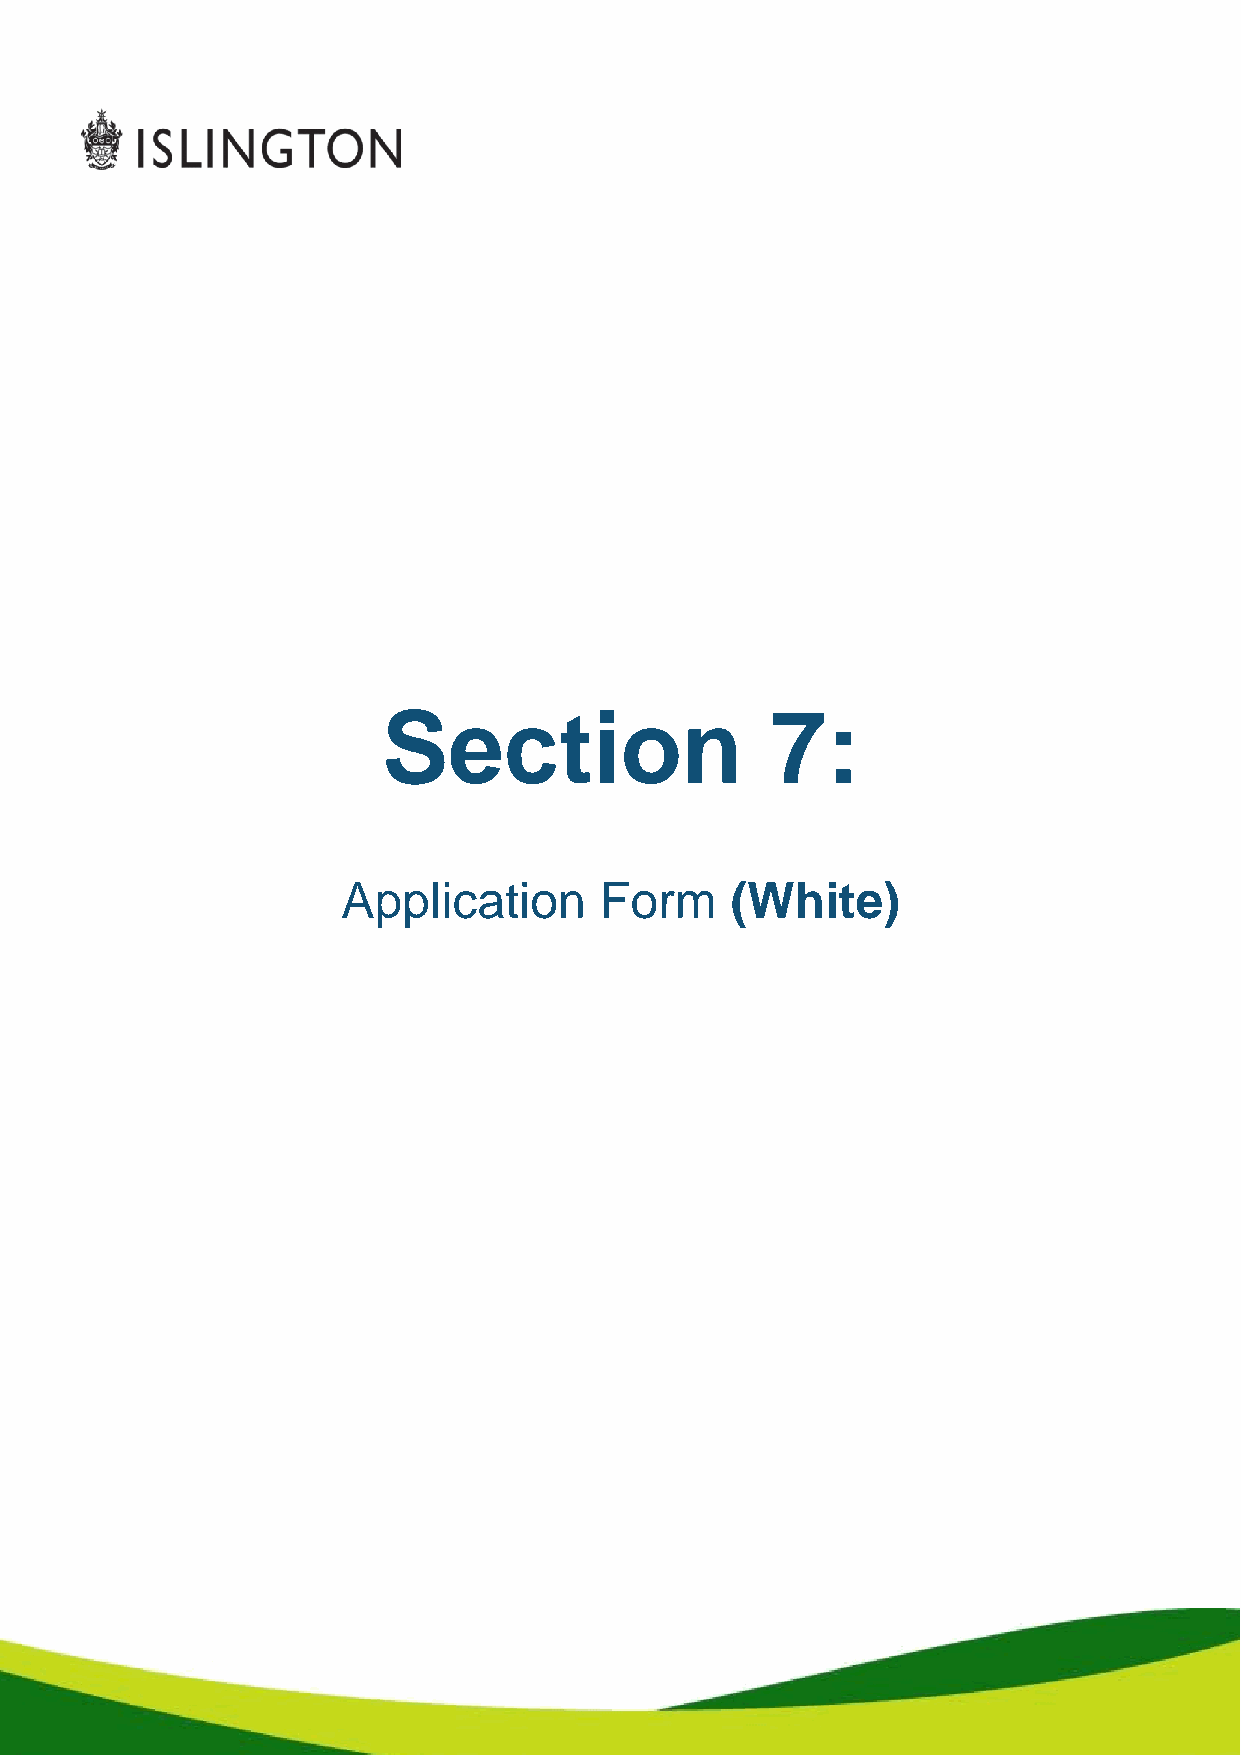
Section                   7:
 Application      Form    (White)